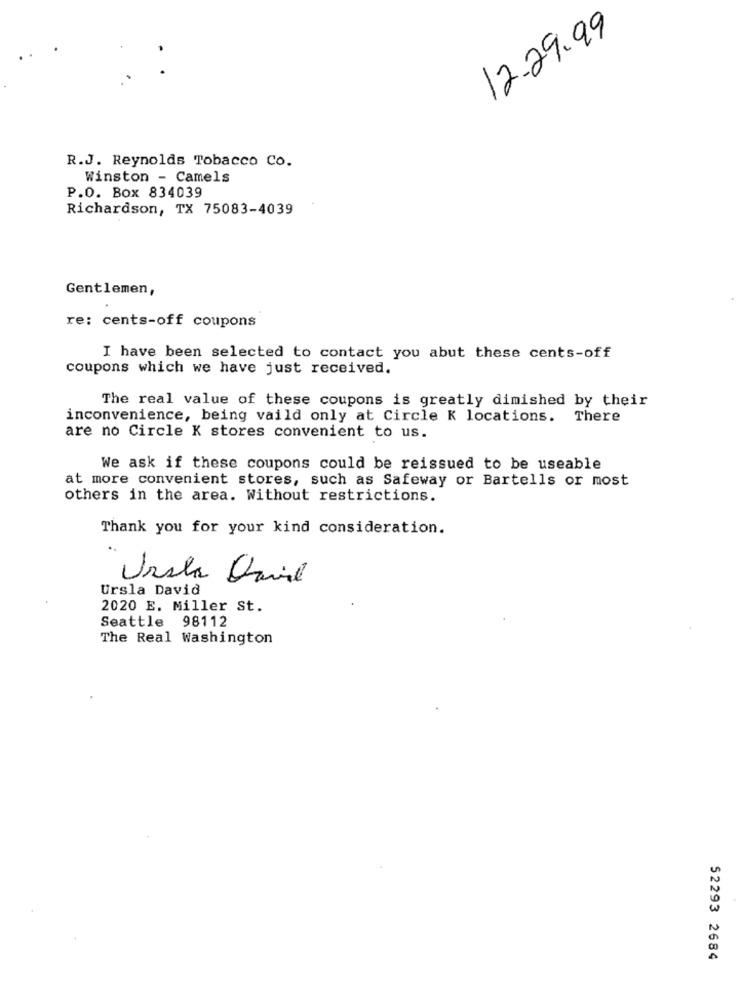
12.29.99
R.J. Reynolds Tobacco Co.
Winston - Camels
P.O. Box 834039
Richardson, TX 75083-4039
Gentlemen,
re: cents-off coupons
I have been selected to contact you abut these cents-off
coupons which we have just received.
The real value of these coupons is greatly dimished by their
inconvenience, being vaild only at Circle K locations. There
are no Circle K stores convenient to us.
We ask if these coupons could be reissued to be useable
at more convenient stores, such as Safeway or Bartells or most
others in the area. Without restrictions.
Thank you for your kind consideration.
Ursla Davil
Ursla David
2020 E. Miller St.
Seattle 98112
The Real Washington
52293 2684